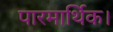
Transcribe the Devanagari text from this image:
पारमार्थिक।